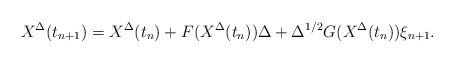
\begin{align*}X^\Delta(t_{n+1}) = X^\Delta(t_{n}) + F(X^\Delta(t_{n}) ) \Delta + \Delta^{1/2} G(X^\Delta(t_{n}) ) \xi_{n+1}.\end{align*}